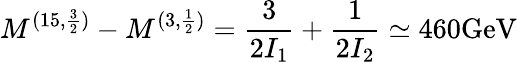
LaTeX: M^{(15,{\frac{3}{2}})}-M^{(3,\frac{1}{2})}={\frac{3}{2I_{1}}}+{\frac{1}{2I_{2}}}\simeq 460\mathrm{GeV}